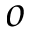
o